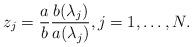
LaTeX: \begin{align*}z_j=\frac{a}{b} \frac{b(\lambda_j)}{a(\lambda_j)},j=1,\ldots,N.\end{align*}